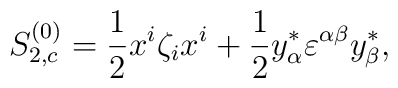
S^{(0)}_{2,c}={1\over2}x^i\zeta_ix^i+{1\over2}y^*_\alpha\varepsilon^{\alpha\beta}y^*_\beta,